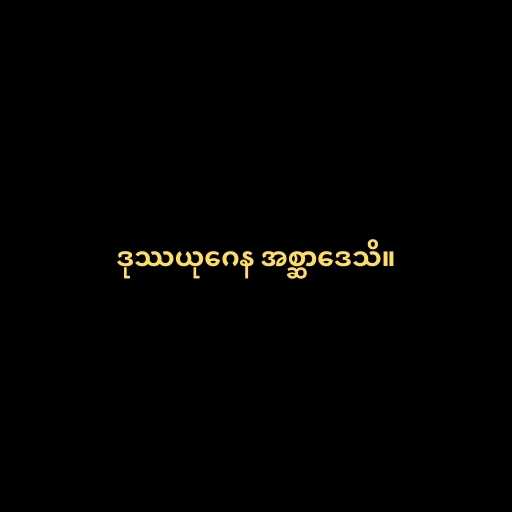
ဒုဿယုဂေန အစ္ဆာဒေသိ။